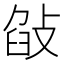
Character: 𢽣